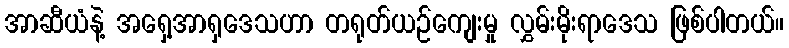
အာဆီယံနဲ့ အရှေ့အာရှဒေသဟာ တရုတ်ယဉ်ကျေးမှု လွှမ်းမိုးရာဒေသ ဖြစ်ပါတယ်။